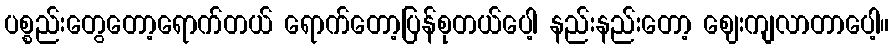
ပစ္စည်းတွေတော့ရောက်တယ် ရောက်တော့ပြန်စုတယ်ပေါ့ နည်းနည်းတော့ ဈေးကျလာတာပေါ့။